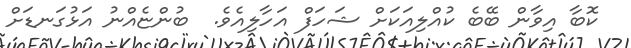
ކޮބާ އިވާން ބޭބެ ކުއްލިއަކަށް ޝަހަފް އަހާލިއެވެ.  ބުންޏެއްނު އަޅުގަނޑަށް